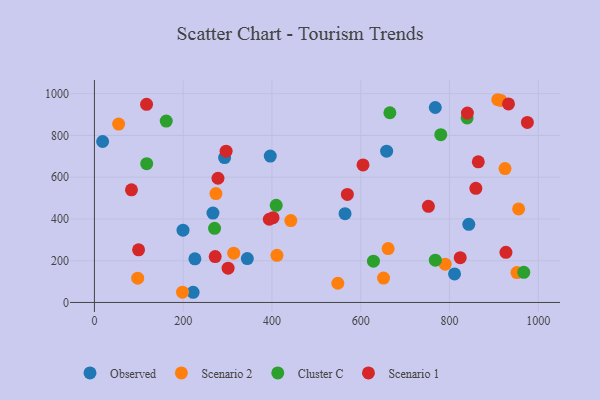
{"axis": {"x": "Distance", "y": "Fuel Efficiency"}, "legend": ["Cluster C", "Observed", "Scenario 1", "Scenario 2"], "data": [{"x": "222.4", "y": 48.8, "type": "Observed"}, {"x": "564.7", "y": 425.2, "type": "Observed"}, {"x": "199.6", "y": 346.3, "type": "Observed"}, {"x": "658.4", "y": 724.5, "type": "Observed"}, {"x": "843.5", "y": 374.2, "type": "Observed"}, {"x": "267.1", "y": 428.0, "type": "Observed"}, {"x": "396.2", "y": 701.1, "type": "Observed"}, {"x": "18.5", "y": 770.9, "type": "Observed"}, {"x": "293.3", "y": 694.0, "type": "Observed"}, {"x": "226.4", "y": 209.0, "type": "Observed"}, {"x": "768.0", "y": 933.7, "type": "Observed"}, {"x": "811.4", "y": 136.9, "type": "Observed"}, {"x": "344.5", "y": 210.4, "type": "Observed"}, {"x": "548.4", "y": 92.1, "type": "Scenario 2"}, {"x": "411.3", "y": 225.6, "type": "Scenario 2"}, {"x": "952.0", "y": 143.1, "type": "Scenario 2"}, {"x": "915.7", "y": 967.5, "type": "Scenario 2"}, {"x": "442.5", "y": 392.4, "type": "Scenario 2"}, {"x": "955.8", "y": 447.9, "type": "Scenario 2"}, {"x": "908.8", "y": 971.0, "type": "Scenario 2"}, {"x": "313.8", "y": 236.0, "type": "Scenario 2"}, {"x": "198.5", "y": 49.3, "type": "Scenario 2"}, {"x": "651.4", "y": 117.0, "type": "Scenario 2"}, {"x": "661.8", "y": 258.2, "type": "Scenario 2"}, {"x": "925.1", "y": 641.2, "type": "Scenario 2"}, {"x": "97.5", "y": 116.4, "type": "Scenario 2"}, {"x": "790.3", "y": 183.2, "type": "Scenario 2"}, {"x": "273.8", "y": 521.4, "type": "Scenario 2"}, {"x": "54.6", "y": 854.5, "type": "Scenario 2"}, {"x": "967.4", "y": 144.2, "type": "Cluster C"}, {"x": "117.8", "y": 664.9, "type": "Cluster C"}, {"x": "839.8", "y": 883.7, "type": "Cluster C"}, {"x": "780.4", "y": 803.8, "type": "Cluster C"}, {"x": "161.8", "y": 868.8, "type": "Cluster C"}, {"x": "409.6", "y": 465.1, "type": "Cluster C"}, {"x": "665.7", "y": 908.7, "type": "Cluster C"}, {"x": "628.7", "y": 197.7, "type": "Cluster C"}, {"x": "768.1", "y": 202.7, "type": "Cluster C"}, {"x": "270.7", "y": 354.9, "type": "Cluster C"}, {"x": "605.2", "y": 658.5, "type": "Scenario 1"}, {"x": "272.1", "y": 220.0, "type": "Scenario 1"}, {"x": "859.4", "y": 546.7, "type": "Scenario 1"}, {"x": "278.4", "y": 594.8, "type": "Scenario 1"}, {"x": "975.5", "y": 862.3, "type": "Scenario 1"}, {"x": "117.5", "y": 949.2, "type": "Scenario 1"}, {"x": "301.2", "y": 164.4, "type": "Scenario 1"}, {"x": "824.2", "y": 214.3, "type": "Scenario 1"}, {"x": "83.5", "y": 539.3, "type": "Scenario 1"}, {"x": "927.2", "y": 240.0, "type": "Scenario 1"}, {"x": "394.0", "y": 398.5, "type": "Scenario 1"}, {"x": "569.9", "y": 517.4, "type": "Scenario 1"}, {"x": "296.7", "y": 724.8, "type": "Scenario 1"}, {"x": "840.4", "y": 907.3, "type": "Scenario 1"}, {"x": "99.5", "y": 252.0, "type": "Scenario 1"}, {"x": "933.0", "y": 950.8, "type": "Scenario 1"}, {"x": "752.5", "y": 460.3, "type": "Scenario 1"}, {"x": "402.5", "y": 405.9, "type": "Scenario 1"}, {"x": "864.9", "y": 673.4, "type": "Scenario 1"}]}